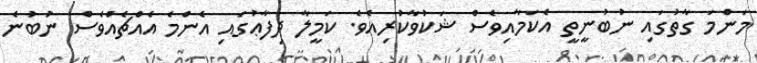
މަންމަ ގާތުގައި ނުބުނީތީ އެކަމާއިވެސް ޝަކުވާކުރިއެވެ. ކަމީލާ ދިފާޢުގައި އެންމެ އެއްޗެއްވެސް ނުބުނެ